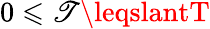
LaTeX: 0\leqslant\mathscr{T}\leqslantT